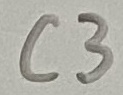
Text: C3